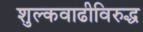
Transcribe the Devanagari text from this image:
शुल्कवाढीविरुद्ध